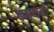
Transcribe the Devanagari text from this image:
कसयानी